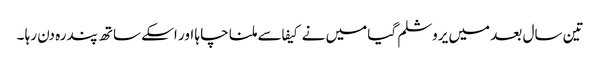
تین سال بعد میں یروشلم گیا میں نے کیفا سے ملنا چا ہا اور اسکے ساتھ پندرہ دن رہا ۔